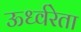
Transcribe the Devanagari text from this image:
ऊर्ध्वरेता